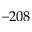
- 2 0 8